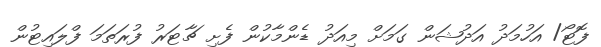
ފޮޓޯ/ އަހުމަދު އަދުޝަން ގަމަށް މިއަދު ޑެންމާކުން ފެށި ޗާޓަރު ފުރަތަމަ ފްލައިޓުން